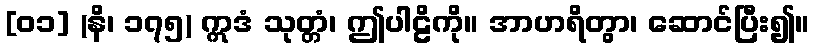
[၀၁] (နိ၊ ၁၇၅) ဣဒံ သုတ္တံ၊ ဤပါဠိကို။ အာဟရိတွာ၊ ဆောင်ပြီး၍။